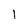
Character: 1